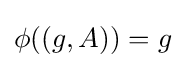
\phi ((g,A))=g